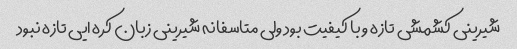
شیرینی کشمشی تازه و با کیفیت بود ولی متاسفانه شیرینی زبان کره ایی تازه نبود